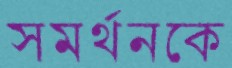
সমর্থনকে